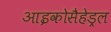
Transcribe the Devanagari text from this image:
आइकोसैहेड्रल